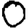
Digit: 0